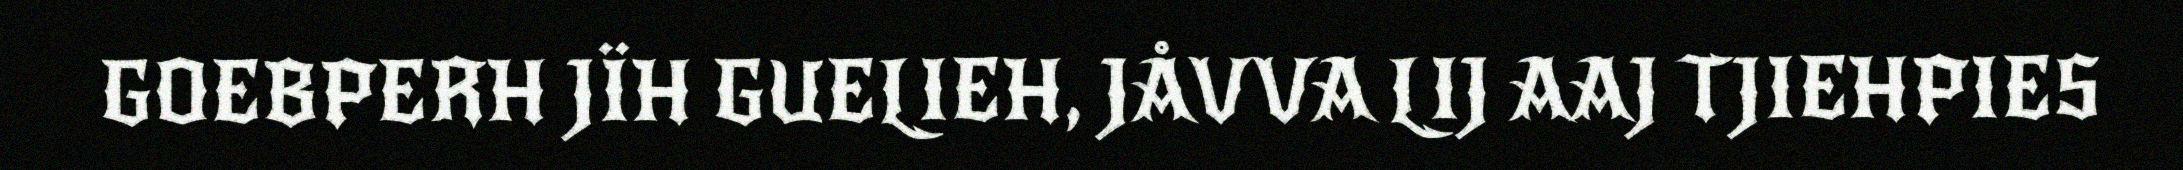
GOEBPERH JÏH GUELIEH, JÅVVA LIJ AAJ TJIEHPIES